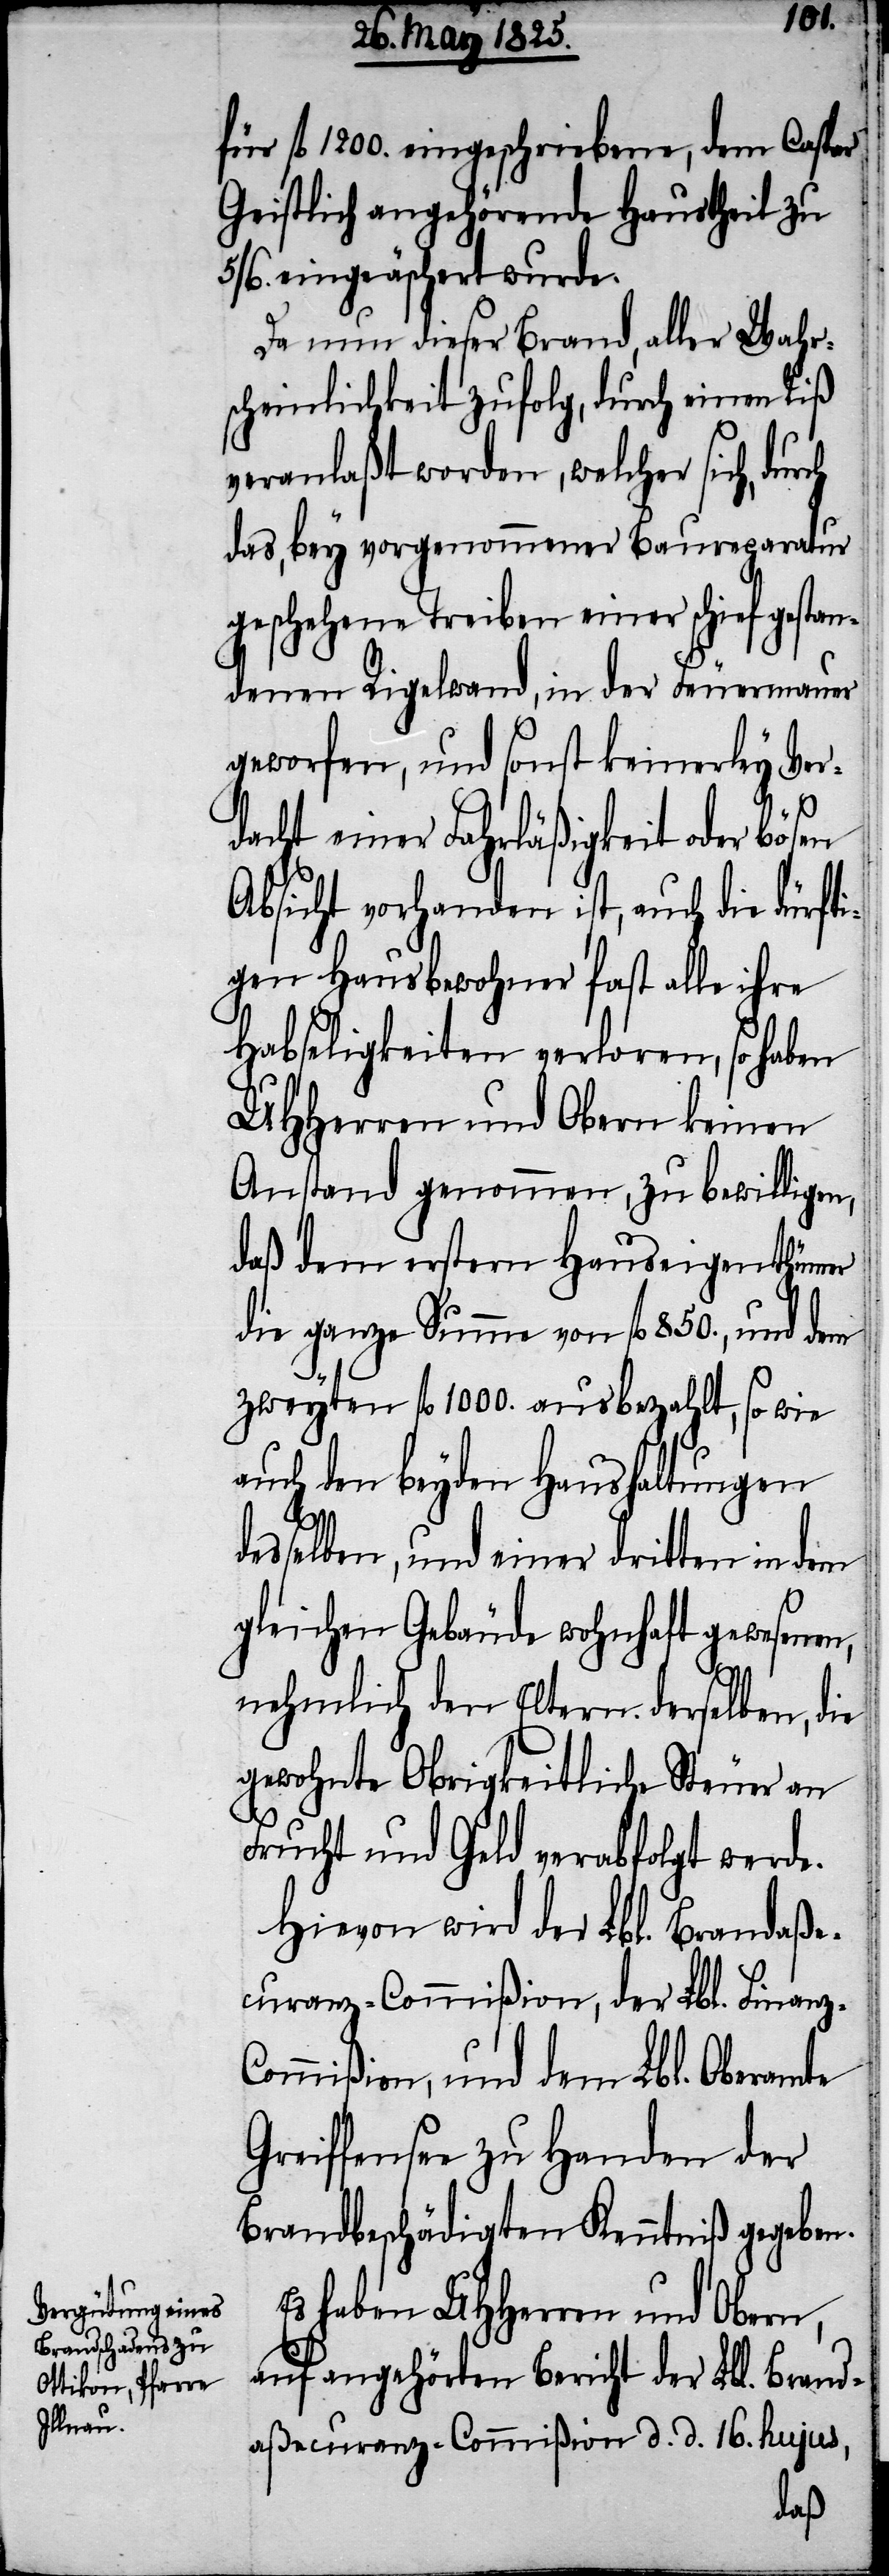
für fl 1200. eingeschriebene, dem Caspar
Geistlich angehörende Haustheil zu
eingeäschert wurden.
Da nun dieser Brand, aller Wahr¬
scheinlichkeit zufolg, durch einen Riß
veranlaßt worden, welcher sich,
das, bey vorgenommener Baureparatur
geschehene Treiben einer schief ges¬
denen Rigelwand, in der Feuermauer
geworfen, und sonst keinerley Ver¬
dacht einer Fahrläßigkeit oder bösen
Absicht vorhanden ist, auch die dürfti¬
gen Hausbewohner fast alle ihre
Habseligkeiten verloren, so haben
UHHerren und Obern keinen
Anstand genommen, zu bewilligen,
daß dem erstern Hauseigenthümer
die ganze Summe von fl 850., und dem
zweyten fl 1000. ausbezahlt, so wie
auch den beyden Haushaltungen
tan¬
desselben, und einer dritten in dem
gleichen Gebäude wohnhaft gewesenen,
nehmlich den Eltern derselben, die
gewohnte Obrigkeitliche Steuer an
Frucht und Geld verabfolgt werde.
Hievon wird der Lbl. Brandaße¬
curanz-Commißion, der Lbl. Finanz-C¬
ommißion, und dem Lbl. Oberamte
Greiffensee zu Handen der
Brandgeschädigten Kenntniß gegeben.
Es haben UHHerren und Obern,
auf angehörten Bericht der Lbl. Brand¬
aßecuranz-Commißion d. d. 16. hujus,